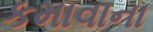
કમાવાના